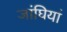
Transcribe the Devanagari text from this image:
जांघियां